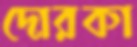
দোরকা